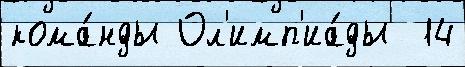
кома́нды Ол'имп'иа́ды  14